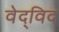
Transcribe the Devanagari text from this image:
वेद्‍विद